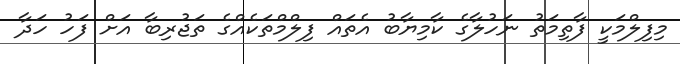
މިފިލްމަކީ ފާތިމަތު ނަހުލާގެ ކާމިޔާބު އެތައް ފިލްމްތަކެއްގެ ތަޖުރިބާ އަށް ފަހު ހަދާ